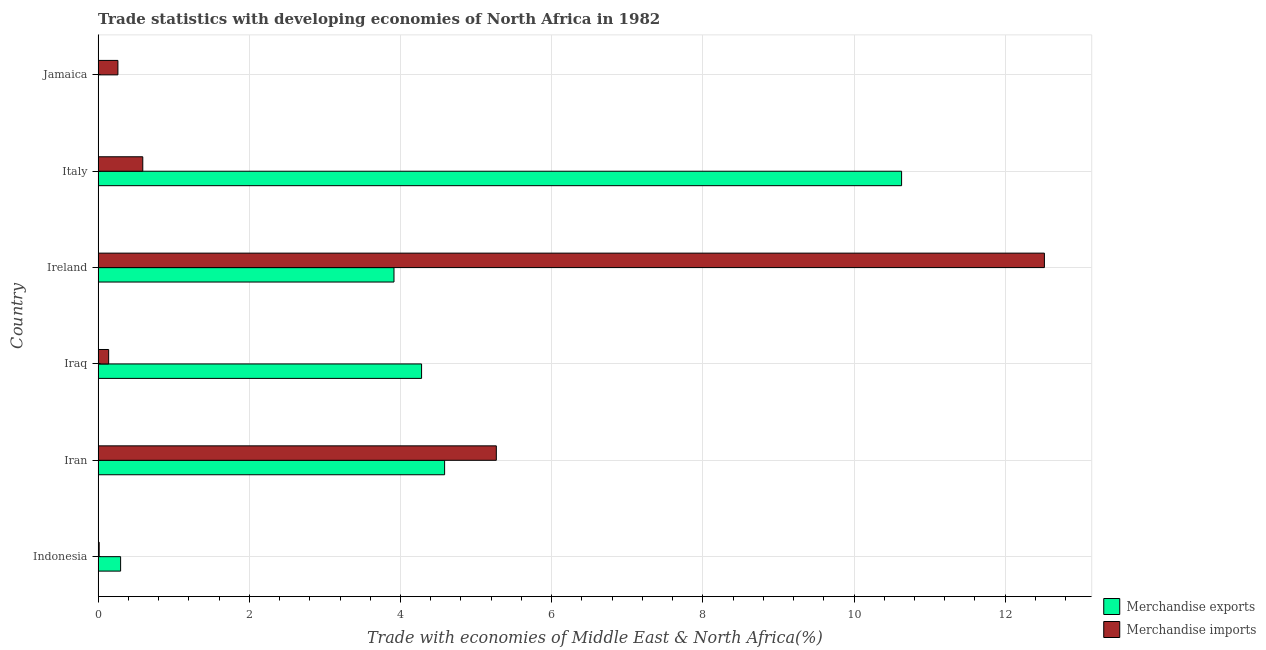
| Country | Merchandise exports | Merchandise imports |
 | --- | --- | --- |
 | Indonesia | 0.297 | 0.0141 |
 | Iran | 4.58 | 5.27 |
 | Iraq | 4.28 | 0.139 |
 | Ireland | 3.91 | 12.5 |
 | Italy | 10.6 | 0.591 |
 | Jamaica | 0.00261 | 0.262 |